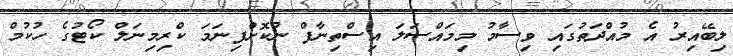
ލިބޭއިރު އެ މުއްދަތުގައި ވިސާމު މިމައްސަލަ އިސްތިނާފް ނުކޮށްފިނަމަ ކްރިމިނަލް ކޯޓުގެ ހުކުމް